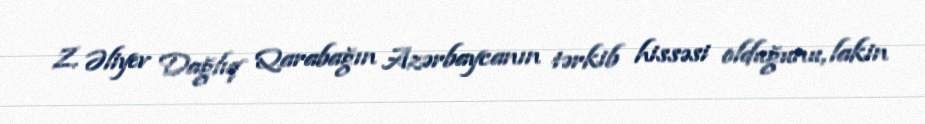
Z. Əliyev Dağlıq Qarabağın Azərbaycanın tərkib hissəsi olduğunu, lakin